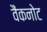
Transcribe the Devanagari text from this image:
वैंकनोट